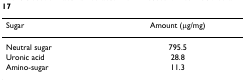
| Sugar | Amount (μg/mg) |
 | --- | --- |
 | Neutral sugar | 795.5 |
 | Uronic acid | 28.8 |
 | Amino-sugar | 11.3 |